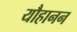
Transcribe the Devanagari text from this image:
यौहानन